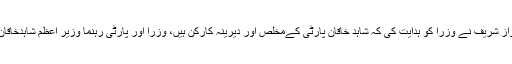
روانگی سے قبل نواز شریف نے وزرا کو ہدایت کی کہ شاہد خاقان پارٹی کےمخلص اور دیرینہ کارکن ہیں، وزرا اور پارٹی رہنما وزیر اعظم شاہدخاقان سے تعاون کریں۔